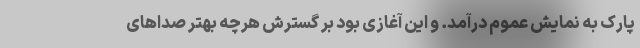
پارک به نمایش عموم درآمد. و این آغازی بود بر گسترش هرچه بهتر صداهای